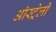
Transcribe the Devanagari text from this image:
ऑस्ट्रेली